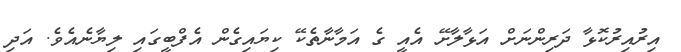
އިރުއިރުކޮޅާ ދަރިންނަށް އަޅާލާށޭ އެއީ ގެ އަމާނާތެކޭ ކިޔައިގެން އެފްބީގައި ލިޔާނެއެވެ. އަދި